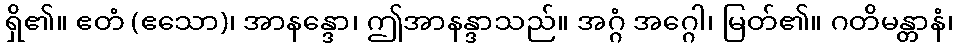
ရှိ၏။ ဧတံ (ဧသော)၊ အာနန္ဒော၊ ဤအာနန္ဒာသည်။ အဂ္ဂံ အဂ္ဂေါ၊ မြတ်၏။ ဂတိမန္တာနံ၊